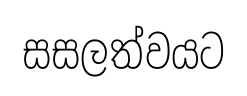
සසලත්වයට